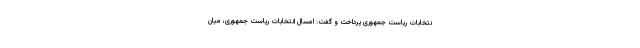
نتخابات ریاست جمهوری پرداخت و گفت: امسال انتخابات ریاست جمهوری، میان